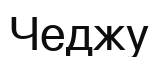
Чеджу